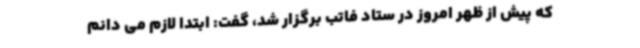
که پیش از ظهر امروز در ستاد فاتب برگزار شد، گفت: ابتدا لازم می دانم